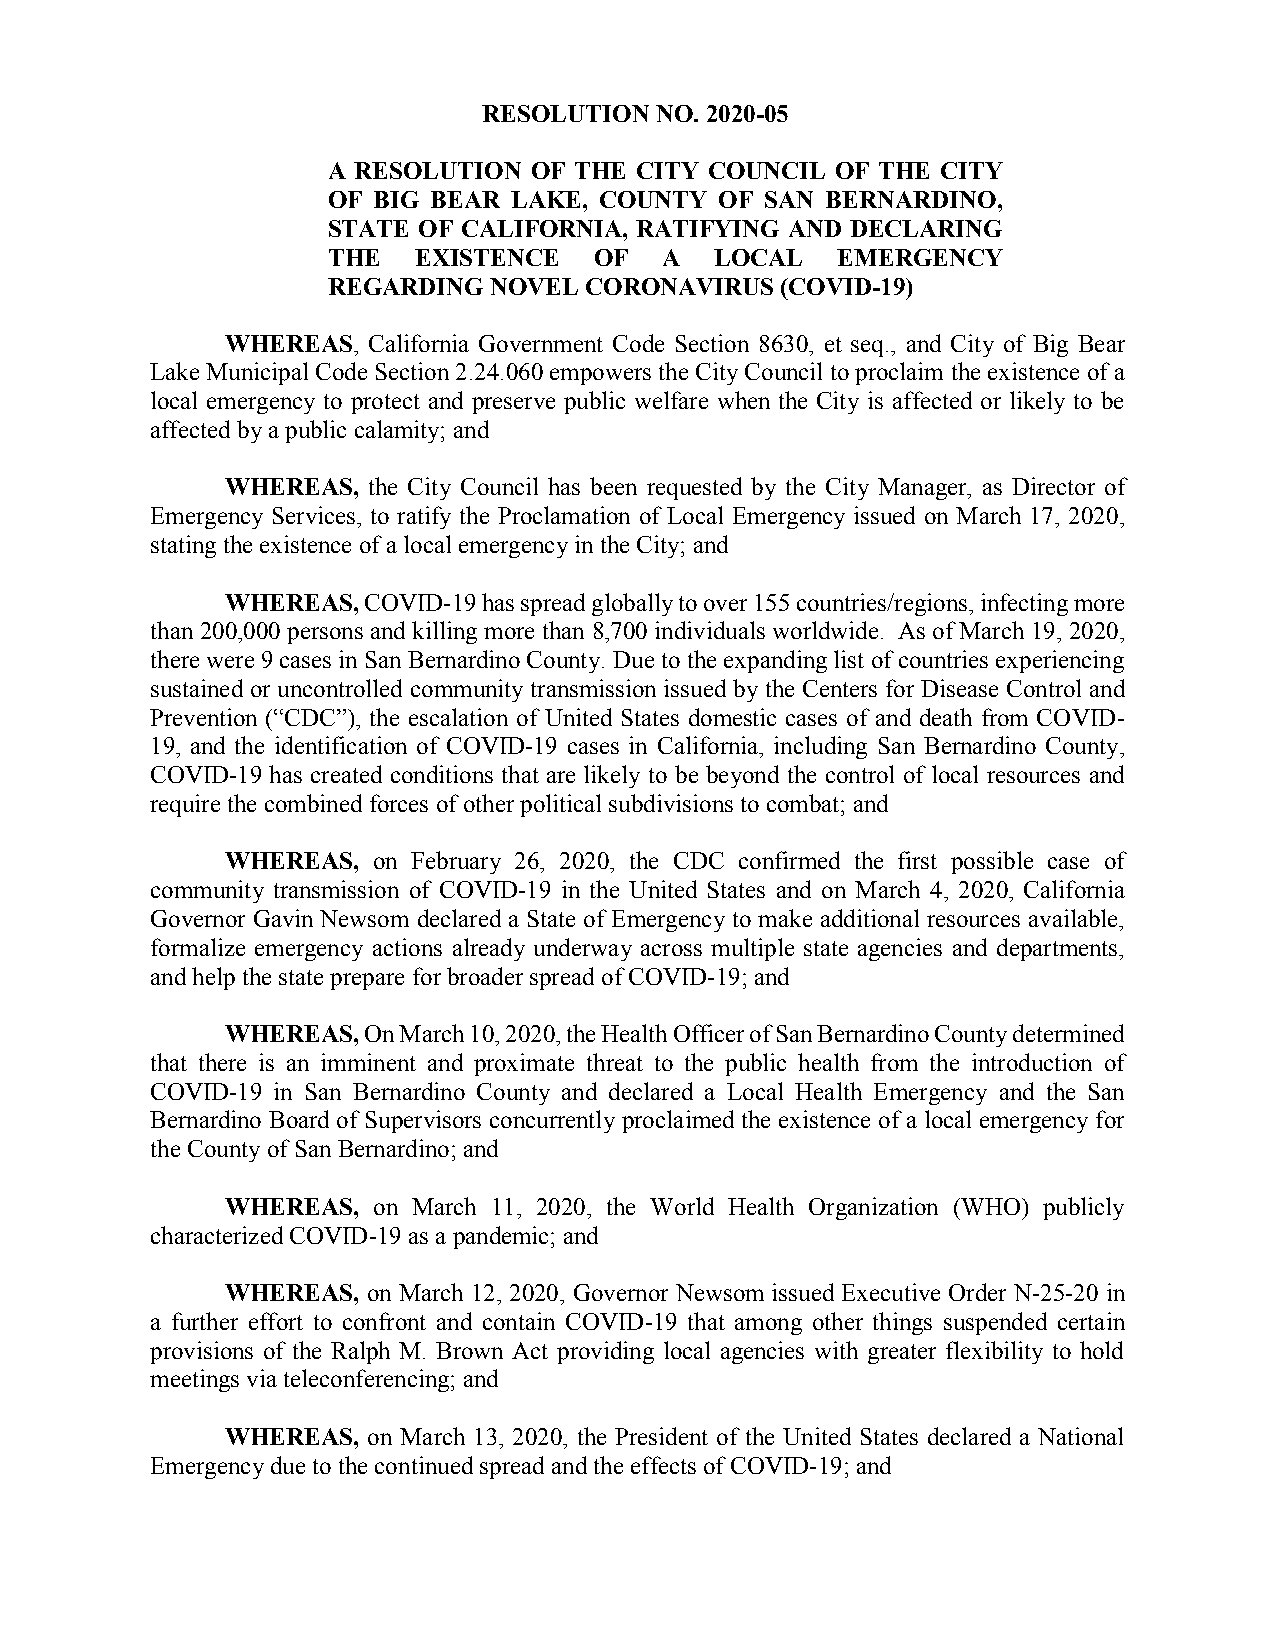
RESOLUTION NO. 2020-05
 A RESOLUTION OF THE CITY COUNCIL OF THE CITY
 OF BIG BEAR LAKE, COUNTY  OF SAN BERNARDINO,
 STATE OF CALIFORNIA, RATIFYING AND DECLARING
 THE   EXISTENCE  OF   A  LOCAL   EMERGENCY
 REGARDING NOVEL  CORONAVIRUS  (COVID-19)
 WHEREAS, California Government Code Section 8630, et seq., and City of Big Bear
 Lake Municipal Code Section 2.24.060 empowers the City Council to proclaim the existence of a
 local emergency to protect and preserve public welfare when the City is affected or likely to be
 affected by a public calamity; and
 WHEREAS, the City Council has been requested by the City Manager, as Director of
 Emergency Services, to ratify the Proclamation of Local Emergency issued on March 17, 2020,
 stating the existence of a local emergency in the City; and
 WHEREAS, COVID-19 has spread globally to over 155 countries/regions, infecting more
 than 200,000 persons and killing more than 8,700 individuals worldwide. As of March 19, 2020,
 there were 9 cases in San Bernardino County. Due to the expanding list of countries experiencing
 sustained or uncontrolled community transmission issued by the Centers for Disease Control and
 Prevention (“CDC”), the escalation of United States domestic cases of and death from COVID-
 19, and the identification of COVID-19 cases in California, including San Bernardino County,
 COVID-19 has created conditions that are likely to be beyond the control of local resources and
 require the combined forces of other political subdivisions to combat; and
 WHEREAS,  on February 26, 2020, the CDC confirmed the first possible case of
 community transmission of COVID-19 in the United States and on March 4, 2020, California
 Governor Gavin Newsom declared a State of Emergency to make additional resources available,
 formalize emergency actions already underway across multiple state agencies and departments,
 and help the state prepare for broader spread of COVID-19; and
 WHEREAS, On March 10, 2020, the Health Officer of San Bernardino County determined
 that there is an imminent and proximate threat to the public health from the introduction of
 COVID-19 in San Bernardino County and declared a Local Health Emergency and the San
 Bernardino Board of Supervisors concurrently proclaimed the existence of a local emergency for
 the County of San Bernardino; and
 WHEREAS,  on March 11, 2020, the World Health Organization (WHO) publicly
 characterized COVID-19 as a pandemic; and
 WHEREAS, on March 12, 2020, Governor Newsom issued Executive Order N-25-20 in
 a further effort to confront and contain COVID-19 that among other things suspended certain
 provisions of the Ralph M. Brown Act providing local agencies with greater flexibility to hold
 meetings via teleconferencing; and
 WHEREAS, on March 13, 2020, the President of the United States declared a National
 Emergency due to the continued spread and the effects of COVID-19; and